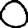
Digit: 0